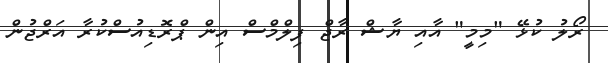
ރޯލު ކުޅޭ "މިމީ" އާއި ޔާޝް ރާޖް ފިލްމްސް އިން ޕްރޮޑިއުސްކުރާ އަރްޖުން